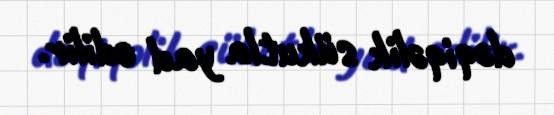
dəqiqəlik sükutla yad edilir.